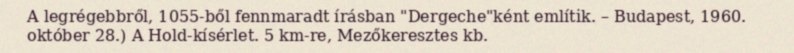
A legrégebbről, 1055-ből fennmaradt írásban "Dergeche"ként említik. – Budapest, 1960. október 28.) A Hold-kísérlet. 5 km-re, Mezőkeresztes kb.